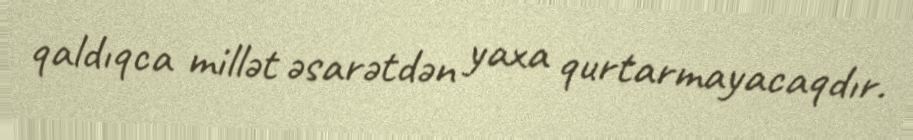
qaldıqca millət əsarətdən yaxa qurtarmayacaqdır.